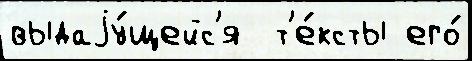
выдаjу́щейс'я  т'е́ксты его́